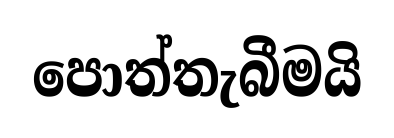
පොත්තැබීමයි